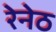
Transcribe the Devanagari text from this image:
रेनेठ